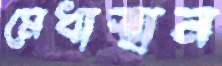
মেধাস্থান